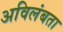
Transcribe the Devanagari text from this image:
अविलंबता